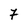
Character: 7